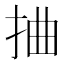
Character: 𢬑